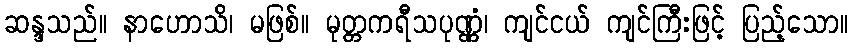
ဆန္ဒသည်။ နာဟောသိ၊ မဖြစ်။ မုတ္တကရီသပုဏ္ဏံ၊ ကျင်ငယ် ကျင်ကြီးဖြင့် ပြည့်သော။